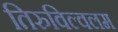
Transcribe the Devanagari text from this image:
तिरुविल्वलम